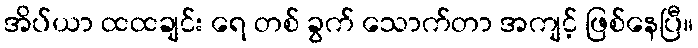
အိပ်ယာ ထထချင်း ရေ တစ် ခွက် သောက်တာ အကျင့် ဖြစ်နေပြီ။